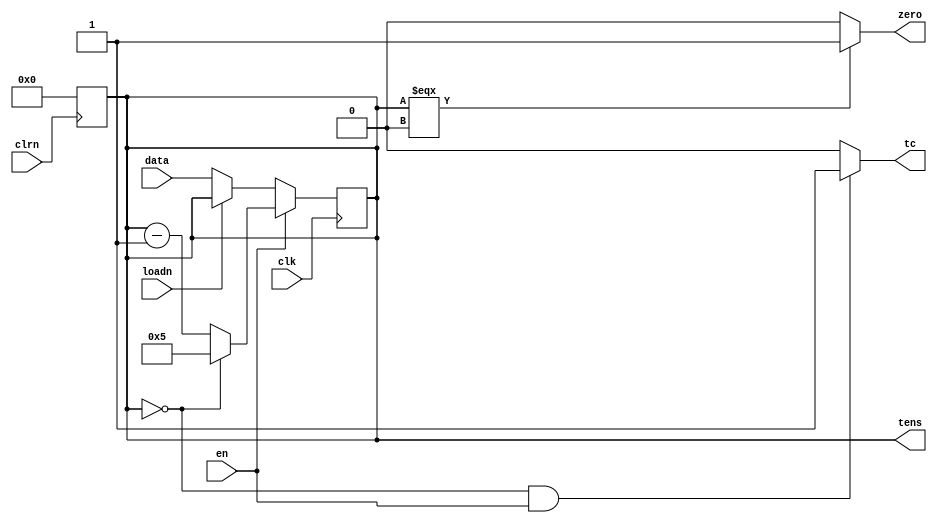
module mod_6_bcd(
  input wire [3:0] data,
  input wire loadn, clrn, clk, en,
  output reg [3:0] tens,
  output wire tc, zero);
  
  //active low - loadn (sinc) e clrn(assinc)
  //active high - en -> quando en = 1 permite que a contagem seja feita
  //tc = 1 quando tens = 4'b000 -> reinicia a contagem
  //zero = 1 quando tens = 4'b000
  
  
  assign tc = ((tens == 4'b0000) && (en == 1)) ? 1 : 0;
  assign zero = (tens === 4'b0000) ? 1 : 0;
  
  always@(negedge clrn) begin
    tens <= 0;
  end
  
  always@(posedge clk) begin
          if(!en)
            begin
              if(!loadn)
                  tens <= data;
            end
          else
            begin
              if(tens == 0)
                  tens <= 5;
              else
                tens <= tens - 1;
            end
        end
  
endmodule